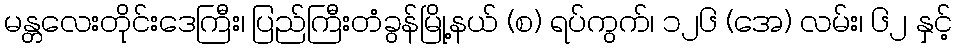
မန္တလေးတိုင်းဒေကြီး၊ ပြည်ကြီးတံခွန်မြို့နယ် (စ) ရပ်ကွက်၊ ၁၂၆ (အေ) လမ်း၊ ၆၂ နှင့်